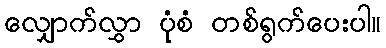
လျှောက်လွှာ ပုံစံ တစ်ရွက်ပေးပါ။